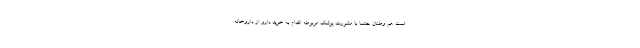
است هم وطنان حتما با مشورت پزشک مربوطه اقدام به خرید دارو از داروخانه